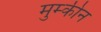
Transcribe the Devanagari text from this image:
मुम्कीन